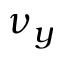
\nu _ { y }